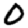
Digit: 0